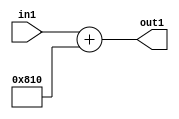
`timescale 1ps / 1ps
/*****************************************************************************
    Verilog RTL Description
    
    
    Created by: Stratus DpOpt 2019.1.01 
*******************************************************************************/

module DC_Filter_Add2iLLu9_1 (
	in1,
	out1
	); /* architecture "behavioural" */ 
input [8:0] in1;
output [11:0] out1;
wire [11:0] asc001;

assign asc001 = 
	+(in1)
	+(12'B100000010000);

assign out1 = asc001;
endmodule

/* CADENCE  ubH4SwE= : u9/ySgnWtBlWxVPRXgAZ4Og= ** DO NOT EDIT THIS LINE ******/